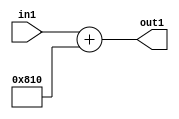
`timescale 1ps / 1ps
/*****************************************************************************
    Verilog RTL Description
    
    
    Created by: Stratus DpOpt 2019.1.01 
*******************************************************************************/

module DC_Filter_Add2iLLu9_1 (
	in1,
	out1
	); /* architecture "behavioural" */ 
input [8:0] in1;
output [11:0] out1;
wire [11:0] asc001;

assign asc001 = 
	+(in1)
	+(12'B100000010000);

assign out1 = asc001;
endmodule

/* CADENCE  ubH4SwE= : u9/ySgnWtBlWxVPRXgAZ4Og= ** DO NOT EDIT THIS LINE ******/